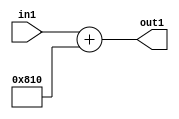
`timescale 1ps / 1ps
/*****************************************************************************
    Verilog RTL Description
    
    
    Created by: Stratus DpOpt 2019.1.01 
*******************************************************************************/

module DC_Filter_Add2iLLu9_1 (
	in1,
	out1
	); /* architecture "behavioural" */ 
input [8:0] in1;
output [11:0] out1;
wire [11:0] asc001;

assign asc001 = 
	+(in1)
	+(12'B100000010000);

assign out1 = asc001;
endmodule

/* CADENCE  ubH4SwE= : u9/ySgnWtBlWxVPRXgAZ4Og= ** DO NOT EDIT THIS LINE ******/